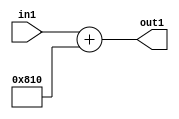
`timescale 1ps / 1ps
/*****************************************************************************
    Verilog RTL Description
    
    
    Created by: Stratus DpOpt 2019.1.01 
*******************************************************************************/

module DC_Filter_Add2iLLu9_1 (
	in1,
	out1
	); /* architecture "behavioural" */ 
input [8:0] in1;
output [11:0] out1;
wire [11:0] asc001;

assign asc001 = 
	+(in1)
	+(12'B100000010000);

assign out1 = asc001;
endmodule

/* CADENCE  ubH4SwE= : u9/ySgnWtBlWxVPRXgAZ4Og= ** DO NOT EDIT THIS LINE ******/